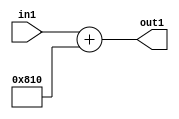
`timescale 1ps / 1ps
/*****************************************************************************
    Verilog RTL Description
    
    
    Created by: Stratus DpOpt 2019.1.01 
*******************************************************************************/

module DC_Filter_Add2iLLu9_1 (
	in1,
	out1
	); /* architecture "behavioural" */ 
input [8:0] in1;
output [11:0] out1;
wire [11:0] asc001;

assign asc001 = 
	+(in1)
	+(12'B100000010000);

assign out1 = asc001;
endmodule

/* CADENCE  ubH4SwE= : u9/ySgnWtBlWxVPRXgAZ4Og= ** DO NOT EDIT THIS LINE ******/